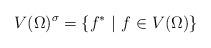
LaTeX: \begin{align*}V(\Omega )^{\sigma }=\left\{ f^{\ast }\ |\ f\in V(\Omega )\right\}\end{align*}